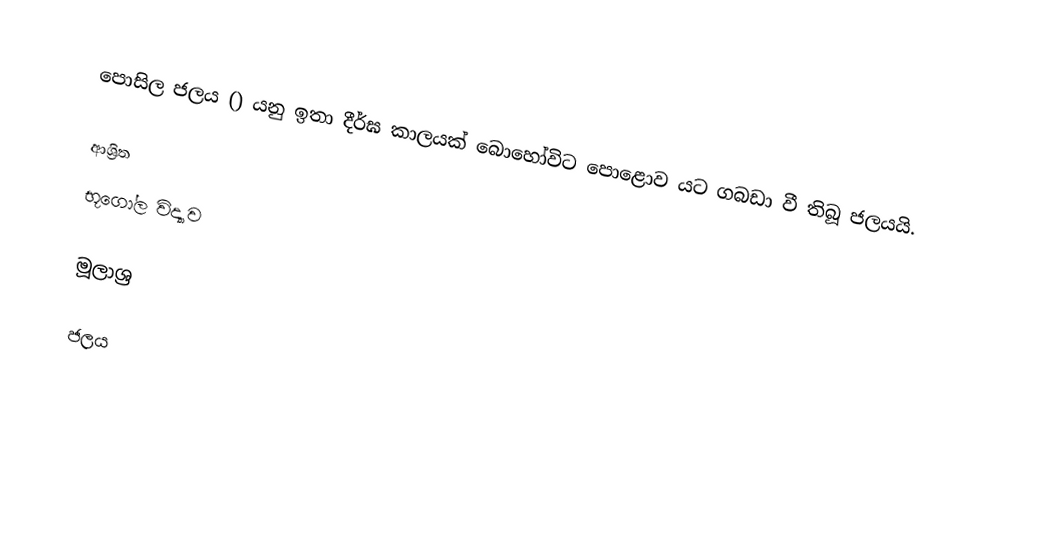
පොසිල ජලය () යනු ඉතා දීර්ඝ කාලයක් බොහෝවිට පොළොව යට ගබඩා වී තිබූ ජලයයි.

ආශ්‍රිත
 භූගෝල විද්‍යාව

මූලාශ්‍ර

ජලය